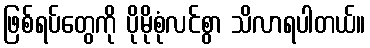
ဖြစ်ရပ်တွေကို ပိုမိုစုံလင်စွာ သိလာရပါတယ်။